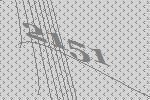
2151